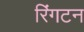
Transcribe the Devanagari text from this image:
रिंगटन